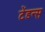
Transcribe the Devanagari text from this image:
टेंडन्स